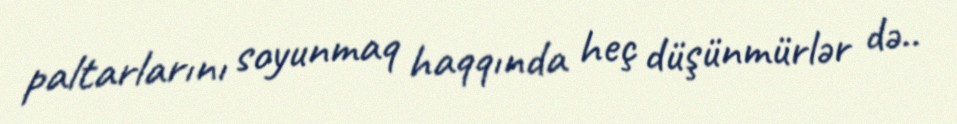
paltarlarını soyunmaq haqqında heç düşünmürlər də..